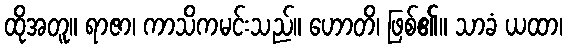
ထိုအတူ။ ရာဇာ၊ ကာသိကမင်းသည်။ ဟောတိ၊ ဖြစ်၏။ သာခံ ယထာ၊